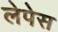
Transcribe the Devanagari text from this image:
लेपेस